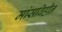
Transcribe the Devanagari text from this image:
मांसविहीन